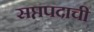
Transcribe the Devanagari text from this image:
सप्तपदाची